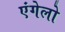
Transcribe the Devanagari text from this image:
एंगेलो